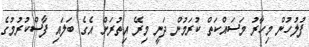
ފުލުހުން މިހާރު މަސައްކަތް ކުރަމުން ދަނީ މިރޭ އިތުރަށް އެގެ ބަލައި ފާސްކުރުމުގެ